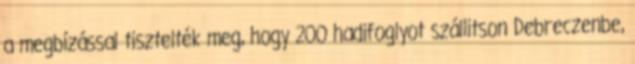
a megbízással tisztelték meg, hogy 200 hadifoglyot szállitson Debreczenbe,